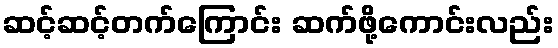
ဆင့်ဆင့်တက်ကြောင်း ဆက်ဖို့ကောင်းလည်း